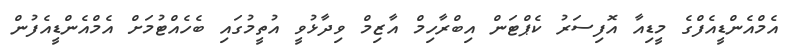
އެމްއެންޑީއެފްގެ މީޑިއާ އޮފިސަރު ކެޕްޓަން އިބްރާހިމް އާޒިމް ވިދާޅުވީ އުތީމުގައި ބެހެއްޓުމަށް އެމްއެންޑީއެފުން